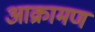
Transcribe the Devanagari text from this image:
आक्रामण